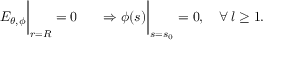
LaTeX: \left. \phantom { \frac { 1 } { \mu _ { 2 } } } E _ { \theta , \phi } \right| _ { r = R } = 0 \left. \phantom { \frac { 1 } { \mu _ { 2 } } } \Rightarrow \phi ( s ) \right| _ { s = s _ { 0 } } = 0 , \quad \forall \, l \geq 1 .